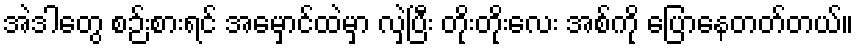
အဲဒါတွေ စဉ်းစားရင် အမှောင်ထဲမှာ လှဲပြီး တိုးတိုးလေး အစ်ကို ပြောနေတတ်တယ်။